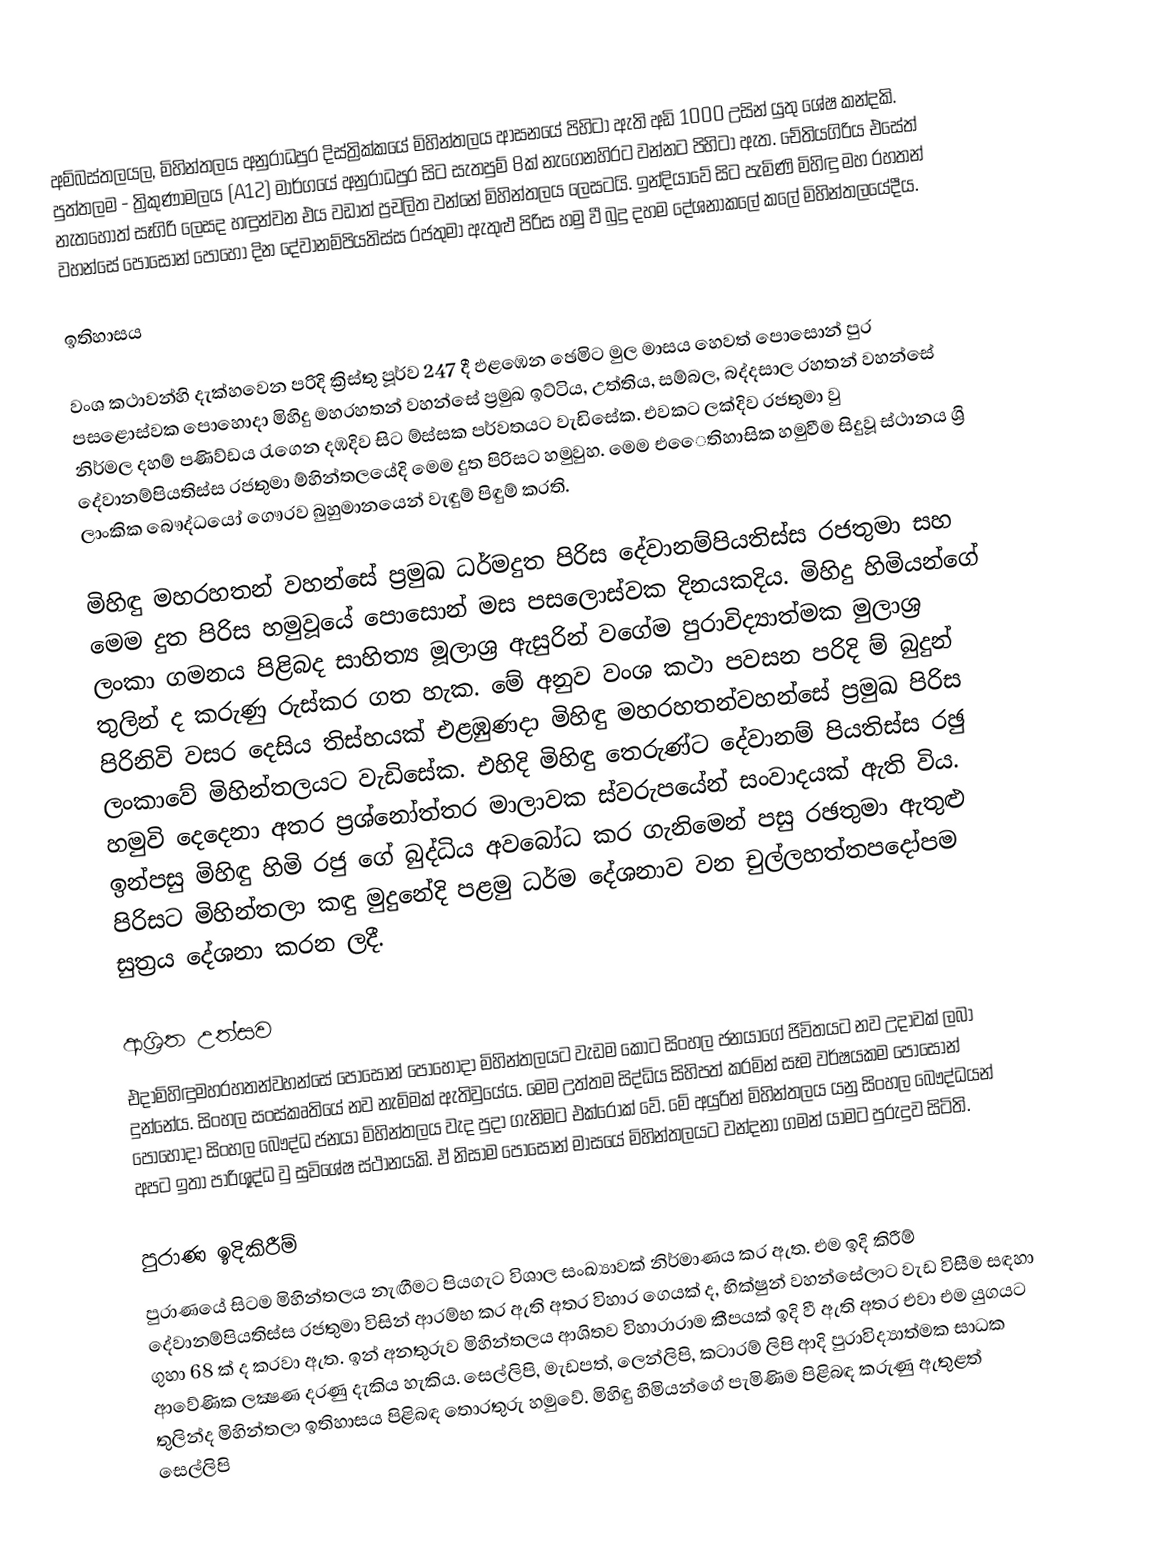
අම්බස්තලයල, මිහින්තලය  අනුරාධපුර  දිස්ත්‍රික්කයේ මිහින්තලය ආසනයේ පිහිටා ඇති අඩි 1000 උසින් යුතු ශේෂ කන්දකි. පුත්තලම - ත්‍රිකුණාමලය (A12) මාර්ගයේ අනුරාධපුර සිට සැතපුම් 8ක් නැගෙනහිරට වන්නට පිහිටා ඇත. චේතියගිරිය එසේත් නැතහොත් සෑගිරි ලෙසද හඳුන්වන එය වඩාත් ප්‍රචලිත වන්නේ මිහින්තලය ලෙසටයි. ඉන්දියාවේ සිට පැමිණි මිහිඳු මහ රහතන් වහන්සේ පොසොන් පොහෝ දින දේවානම්පියතිස්ස රජතුමා ඇතුළු පිරිස හමු වී බුදු දහම දේශනාකලේ කලේ මිහින්තලයේදීය.

ඉතිහාසය

වංශ කථාවන්හි දැක්හවෙන පරිදි ක්‍රිස්තු පූර්ව 247 දී ඵළඹෙන ඡෙමිට මුල මාසය හෙවත් පොසොන් පුර පසළොස්වක පොහොදා මිහිදු මහරහතන් වහන්සේ ප්‍රමුඛ ඉට්ටිය, උත්තිය, සම්බල, බද්දසාල රහතන් වහන්සේ නිර්මල දහම් පණිව්ඩය රැගෙන දඹදිව සිට ම්ස්සක පර්වතයට වැඩිසේක. එවකට ලක්දිව රජතුමා වු දේවානම්පියතිස්ස රජතුමා ම්හින්තලයේදි මෙම දුත පිරිසට හමුවුහ. මෙම ‍‍‍‍‍එෙෙතිහාසික හමුවීම සිදුවූ ස්ථානය ශ්‍රි ලාංකික බෞද්ධයෝ ගෞරව බුහුමානයෙන් වැඳුම් පිඳුම් කරති.

මිහිඳු මහරහතන් වහන්සේ ප්‍රමුඛ ධර්මදුත පිරිස දේවානම්පියතිස්ස රජතුමා සහ මෙම දුත පිරිස හමුවූයේ පොසොන් මස පසලොස්වක දිනයකදිය. මිහිදු හිමියන්ගේ ලංකා ගමනය පිළිබද සාහිත්‍ය මූලාශ්‍ර ඇසුරින් වගේම පුරාවිද්‍යාත්මක මුලාශ්‍ර තුලින් ද කරුණු රුස්කර ගත හැක. මේ අනුව වංශ කථා පවසන පරිදි ම් බුදුන් පිරිනිවි වසර දෙසිය තිස්හයක් එළඹුණදා මිහිඳු මහරහතන්වහන්සේ ප්‍රමුඛ පිරිස ලංකාවේ මිහින්තලයට වැඩිසේක. එහිදි මිහිඳු තෙරුණ්ට දේවානම් පියතිස්ස රඡු හමුවි දෙදෙනා අතර ප්‍රශ්නෝත්තර මාලාවක ස්වරුපයේන් සංවාදයක් ඇති විය. ඉන්පසු මිහිඳු හිමි රජු ගේ බුද්ධිය අවබෝධ කර ගැනිමෙන් පසු රඡතුමා ඇතුළු පිරිසට මිහින්තලා කඳු මුදුනේදි පළමු ධර්ම දේශනාව වන චුල්ලහත්තපදෝපම සුත්‍රය දේශනා කරන ලදී.

ආශ්‍රිත උත්සව
එදාමිහිඳුමහරහතන්වහන්සේ පොසොන් පොහොදා මිහින්තලයට වැඩම කොට සිංහල ජනයාගේ ජිවිතයට නව උදාවක් ලබා දුන්නේය. සිංහල සංස්කෘතියේ නව නැම්මක් ඇතිවුයේය. මෙම උත්තම සිද්ධිය සිහිපත් කරමින් සෑම වර්ෂයකම පොසොන් පොහොදා සිංහල ‍බෞද්ධ ජනයා මිහින්තලය වැද පුදා ගැනිමට එක්රොක් වේ. මේ අයුරින් මිහින්තලය යනු සිංහල බෞද්ධයන් අපට ඉතා පාරිශූද්ධ වු සුවි‍ශේෂ ස්ථානයකි. ඒ නිසාම පොසොන් මාසයේ මිහින්තලයට වන්දනා ගමන් යාමට පුරුදුව සිටිති.

පුරාණ ඉදිකිරීම්
පුරාණයේ සිටම මිහින්තලය නැඟීමට පියගැට විශාල සංඛ්‍යාවක් නිර්මාණය කර ඇත. එම ඉදි කිරීම් දේවානම්පියතිස්ස රජතුමා විසින් ආරම්භ කර ඇති අතර විහාර ගෙයක් ද, භික්ෂුන් වහන්සේලාට වැඩ විසීම සඳහා ගුහා 68 ක් ද කරවා ඇත. ඉන් අනතුරුව මිහින්තලය ආශිතව විහාරාරාම කීපයක් ඉදි වී ඇති අතර එවා එම යුගයට ආවේණික ලක්‍ෂණ  දරණු දැකිය හැකිය. සෙල්ලිපි, මැඩපත්, ලෙන්ලිපි, කටාරම් ලිපි ආදි පුරාවිද්‍යාත්මක සාධක තුලින්ද මිහින්තලා ඉතිහාසය පිළිබඳ තොරතුරු හමුවේ. මිහිඳු හිමියන්ගේ පැමිණිම පිළිබඳ කරුණු ඇතුළත් සෙල්ලිපි